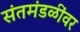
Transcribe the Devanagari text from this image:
संतमंडळींवर